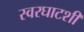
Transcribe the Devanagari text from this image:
स्वरघाटशी